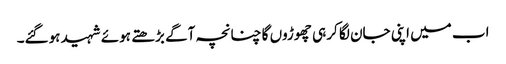
اب میں اپنی جان لگا کر ہی چھوڑوں گا چنانچہ آگے بڑھتے ہوئے شہید ہوگئے۔